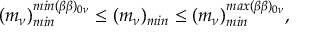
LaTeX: ( m _ { \nu } ) _ { m i n } ^ { m i n ( \beta \beta ) _ { 0 \nu } } \leq ( m _ { \nu } ) _ { m i n } \leq ( m _ { \nu } ) _ { m i n } ^ { m a x ( \beta \beta ) _ { 0 \nu } } ,